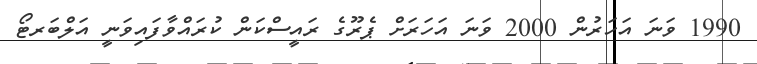
1990 ވަނަ އަހަރުން 2000 ވަނަ އަހަރަށް ޕެރޫގެ ރައީސްކަން ކުރައްވާފައިވަނީ އަލްބަރޓޯ